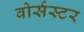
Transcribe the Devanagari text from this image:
वोर्सस्टर